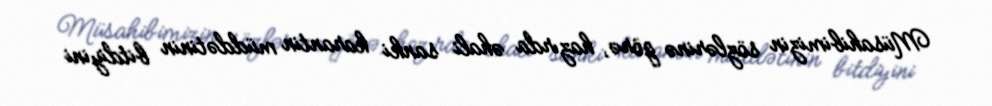
Müsahibimizin sözlərinə görə, hazırda əhali sanki karantin müddətinin bitdiyini